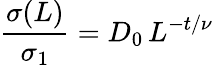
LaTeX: \frac{\sigma(L)}{\sigma_{1}}=D_{0}\, L^{-t/\nu}